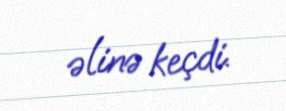
əlinə keçdi.